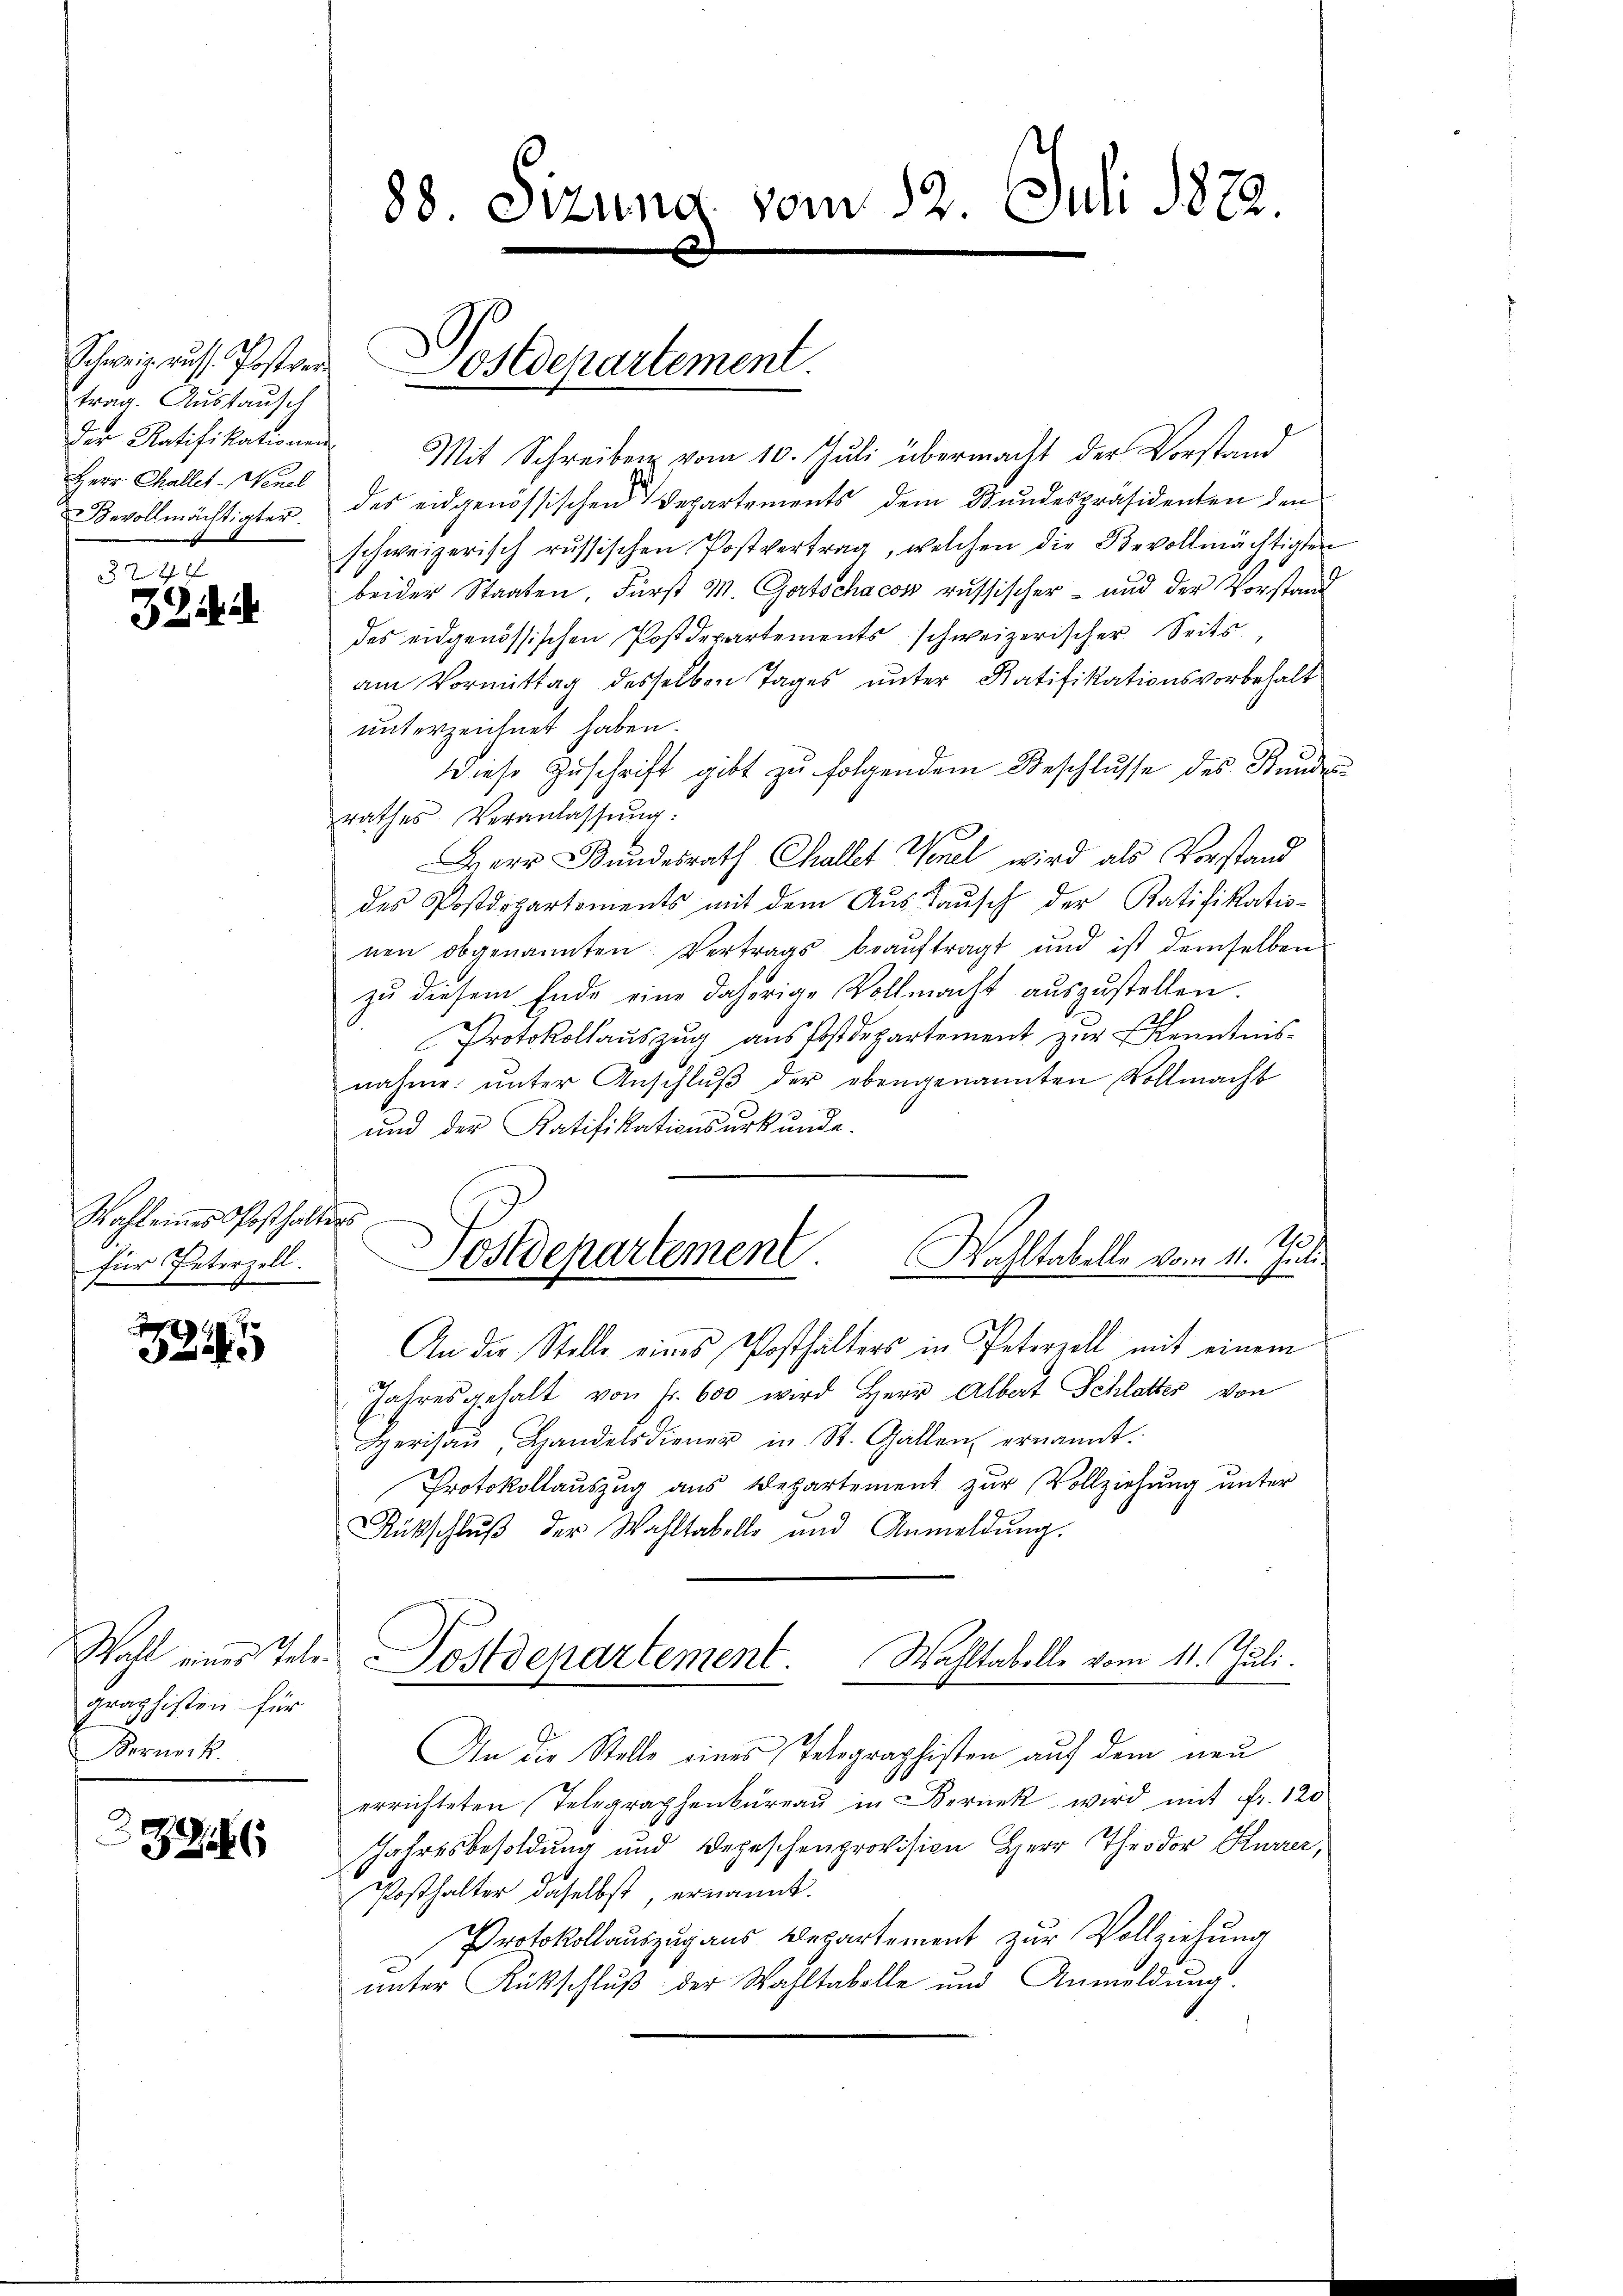
Schweig aus Postver
trag. Austausch
Herr Challet - Nenel
Bevollmächtigter.
m

22 x
32.

Wahl eines Posthalters
für Peterzell.

g
2

graphisten für
Beruoit

336

88. Sizung vom 12. Juli 1822.

Postdepartement.

der Ratifikationen. Mit Schreiben vom 10. Juli übermacht der Vorstand
des eidgenössischen Departements dem Stundespräsidenten den
schweizerisch russischen Postvertrag, welchen die Bevollmächtigten
beider Staaten, Fürst M. Gartschacon russischer - und der Vorstand
des eidgenössischen Postdepartements schweizerischer Seits
am Vormittag desselben Tages unter Ratifikationsvorbehalt
unterzeichnet haben.
Diese Zuschrift gibt zu folgendem Beschlusse des Stundes
rathes Veranlassung:
1
Herr Bundesrath Challet Wenel wird als Vorstand
des Postdepartements mit dem Aŭs-Baŭsch der Ratifikatio-
nen obgenannten: Vertrags beauftragt und ist demselben
zu diesem Ende eine daherige Vollmacht auszustellen.
Protokollaŭszŭg aŭs Postdepartement zŭr Kenntnis-
nahme unter Anschlŭβ der ebengenannten Vollmacht
und der Ratifikationsurkunde.
14.
Postdepartement. Wahltabelle vom 11. Juli.
An der Stelle eines Posthalters in Petirzell mit einem
Jahresgehalt von Fr. 600 wird Herr Albert Schlatter von
Herisaŭ, Handelsdiener in St. Gallen ernannt.
Protokollauszug aus Departement zur Vollziehung unter
Rückschlŭβ der Wahltabelle und Anmeldŭng.
Wahl eines Tele-Postdepartement. Wahltabelle vom 11. Juli.
An die Stelle eines Telegraphisten auf dem neu
errichteten Telegraphenbureau in Bernek wird mit Fr. 120
Jahresbesoldung und Depeschenprovision Herr Theodor Kurzer,
Posthalter daselbst, ernannt.
Protokollauszug aus Departement zur Vollziehung
unter Rückschluß der Wahltabelle und Anmeldung.